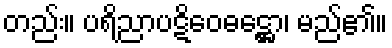
တည်း။ ပရိညာပဋိဝေဓဋ္ဌော၊ မည်၏။